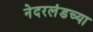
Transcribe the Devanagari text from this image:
नेदरलंडच्या